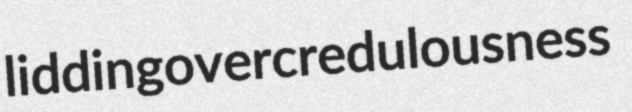
lidding overcredulousness